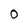
Character: 0